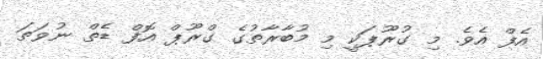
އެފް އެވެ. މި ގުރޫޕަކީ މި މުބާރާތުގެ ގްރޫޕް އޮފް ޑެތް ނުވަތަ